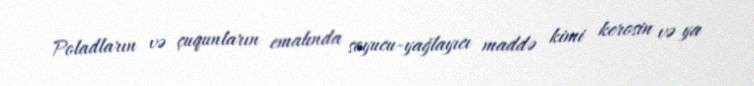
Poladların və çuqunların emalında soyucu-yağlayıcı maddə kimi kerosin və ya